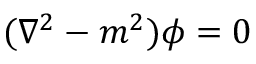
( \nabla ^ { 2 } - m ^ { 2 } ) \phi = 0